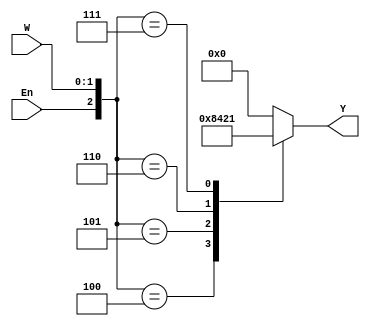
/* pg 327 - 2 to 4 encoder */

module bm_DL_2_4_encoder (W, Y, En);
	input [1:0] W;
	input En;
	output [3:0] Y;
	reg [3:0] Y;
	
	always @(W or En)
		case ({En, W})
			3'b100: Y = 4'b1000;
			3'b101: Y = 4'b0100;
			3'b110: Y = 4'b0010;
			3'b111: Y = 4'b0001;
			default: Y = 4'b0000;
		endcase
	
endmodule